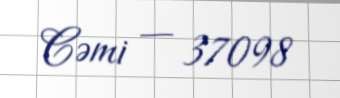
Cəmi — 37098